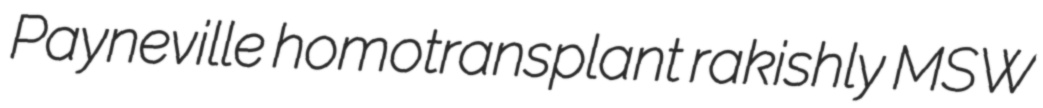
Payneville homotransplant rakishly MSW